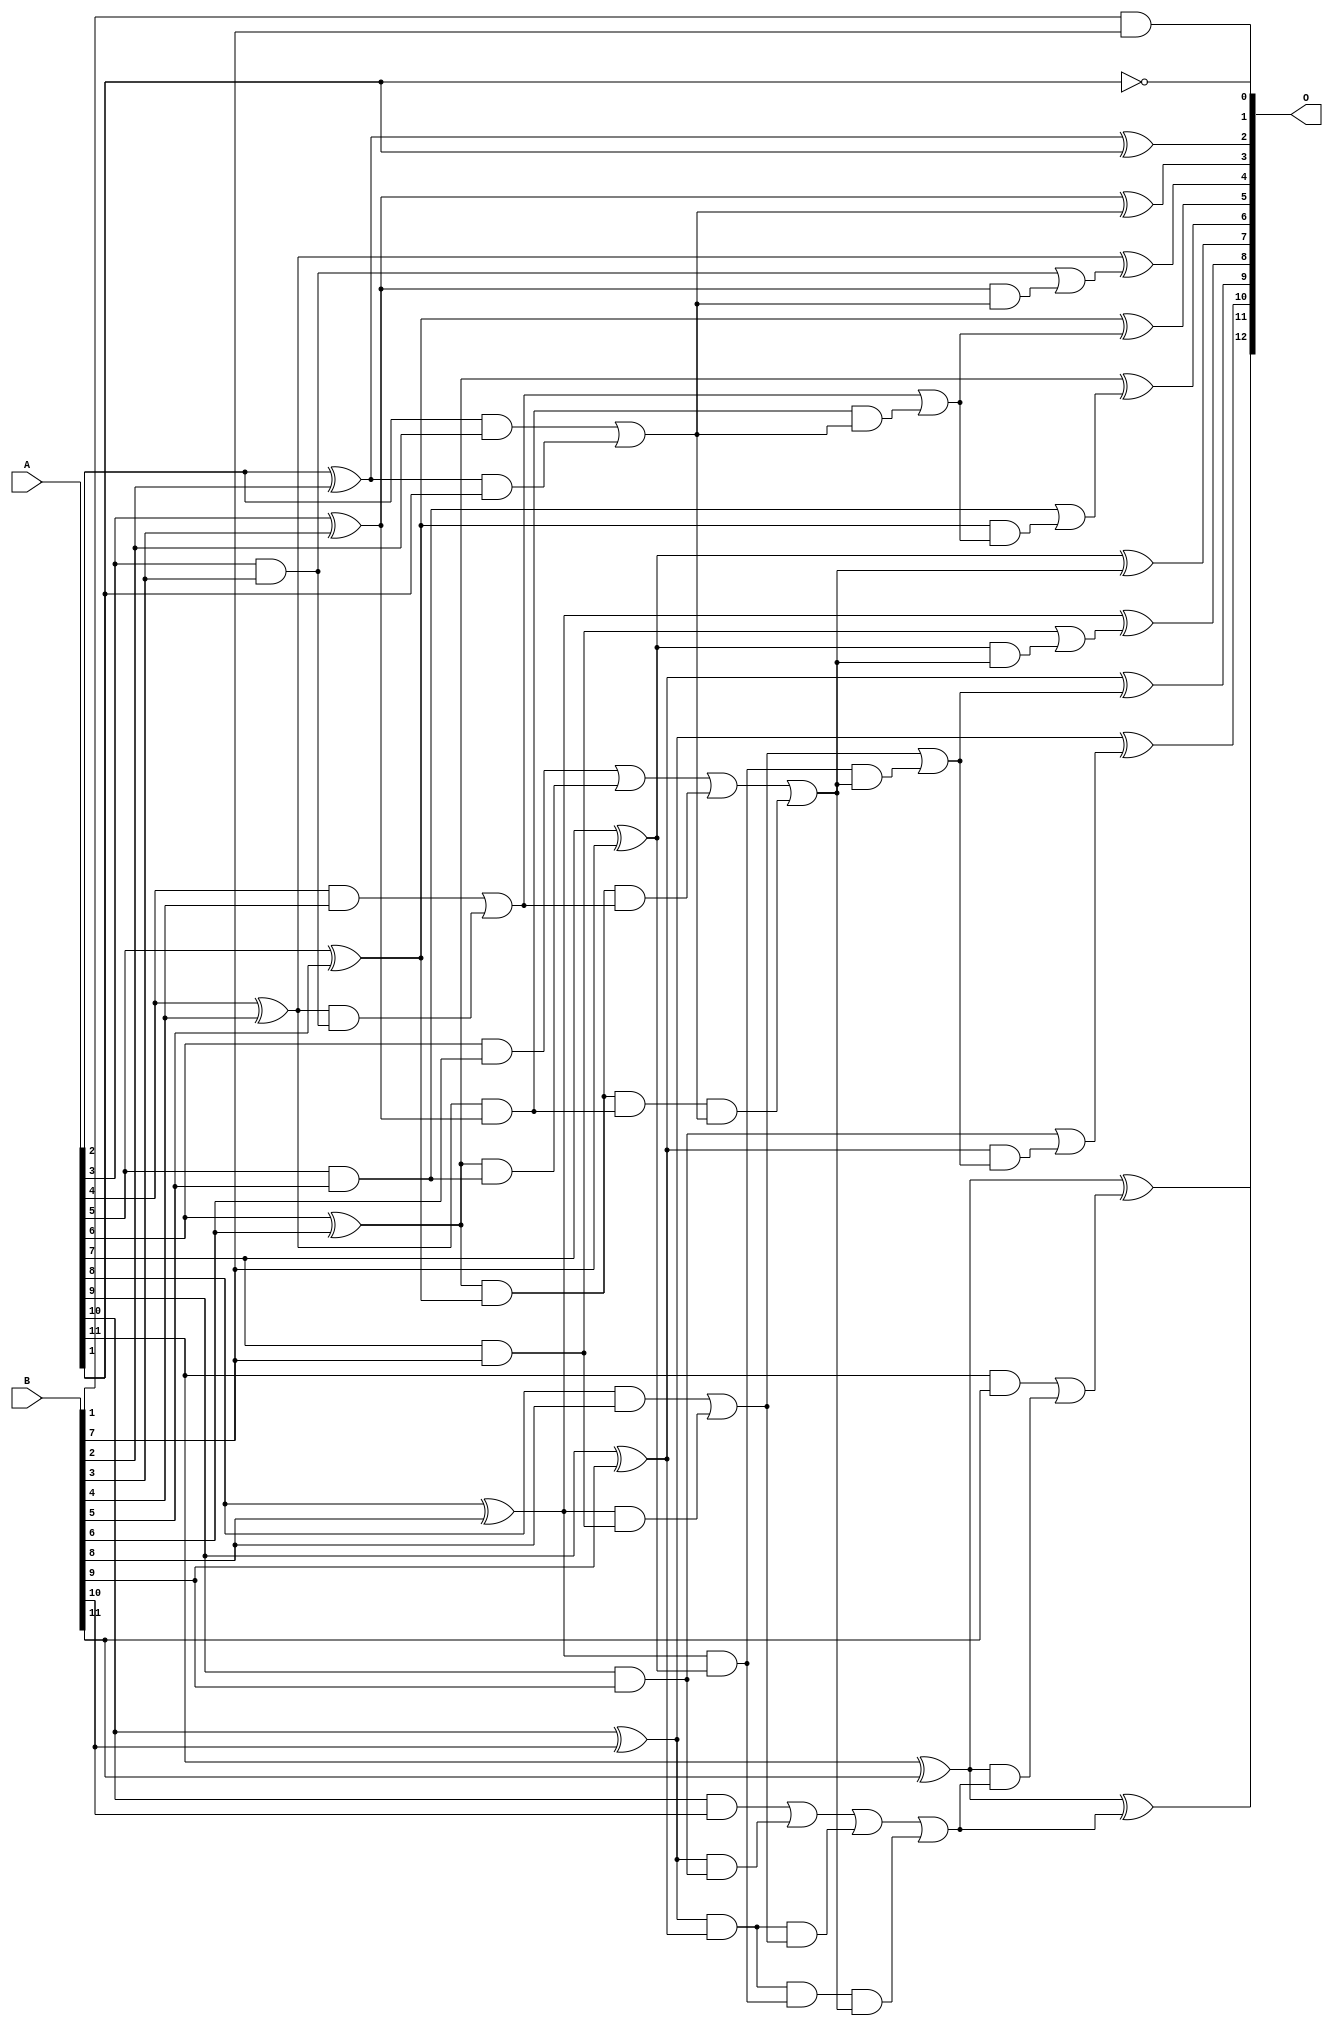
/***
* This code is a part of EvoApproxLib library (ehw.fit.vutbr.cz/approxlib) distributed under The MIT License.
* When used, please cite the following article(s): V. Mrazek, L. Sekanina, Z. Vasicek "Libraries of Approximate Circuits: Automated Design and Application in CNN Accelerators" IEEE Journal on Emerging and Selected Topics in Circuits and Systems, Vol 10, No 4, 2020 
* This file contains a circuit from a sub-set of pareto optimal circuits with respect to the pwr and mre parameters
***/
// MAE% = 0.022 %
// MAE = 0.9 
// WCE% = 0.049 %
// WCE = 2.0 
// WCRE% = 100.00 %
// EP% = 68.75 %
// MRE% = 0.33 %
// MSE = 1.2 
// PDK45_PWR = 0.047 mW
// PDK45_AREA = 97.1 um2
// PDK45_DELAY = 0.84 ns

module add12se_570 (
    A,
    B,
    O
);

input [11:0] A;
input [11:0] B;
output [12:0] O;

wire sig_25,sig_28,sig_29,sig_30,sig_31,sig_32,sig_33,sig_34,sig_35,sig_36,sig_37,sig_38,sig_39,sig_40,sig_41,sig_42,sig_43,sig_44,sig_45,sig_46;
wire sig_47,sig_48,sig_50,sig_52,sig_53,sig_54,sig_55,sig_56,sig_57,sig_58,sig_59,sig_60,sig_61,sig_62,sig_63,sig_65,sig_66,sig_67,sig_68,sig_69;
wire sig_70,sig_71,sig_72,sig_73,sig_74,sig_75,sig_76,sig_77,sig_78,sig_79,sig_82,sig_83,sig_84,sig_85,sig_86,sig_87,sig_88,sig_89,sig_90,sig_91;
wire sig_92,sig_93,sig_94,sig_95,sig_96,sig_97,sig_98,sig_99,sig_100,sig_101,sig_102,sig_103;

assign sig_25 = B[1] & B[7];
assign sig_28 = A[2] & B[2];
assign sig_29 = A[2] ^ B[2];
assign sig_30 = A[3] & B[3];
assign sig_31 = A[3] ^ B[3];
assign sig_32 = A[4] & B[4];
assign sig_33 = A[4] ^ B[4];
assign sig_34 = A[5] & B[5];
assign sig_35 = A[5] ^ B[5];
assign sig_36 = A[6] & B[6];
assign sig_37 = A[6] ^ B[6];
assign sig_38 = A[7] & B[7];
assign sig_39 = A[7] ^ B[7];
assign sig_40 = A[8] & B[8];
assign sig_41 = A[8] ^ B[8];
assign sig_42 = A[9] & B[9];
assign sig_43 = A[9] ^ B[9];
assign sig_44 = A[10] & B[10];
assign sig_45 = A[10] ^ B[10];
assign sig_46 = A[11] & B[11];
assign sig_47 = A[11] ^ B[11];
assign sig_48 = A[11] ^ B[11];
assign sig_50 = sig_29 & A[1];
assign sig_52 = sig_33 & sig_30;
assign sig_53 = sig_33 & sig_31;
assign sig_54 = sig_32 | sig_52;
assign sig_55 = sig_37 & sig_34;
assign sig_56 = sig_37 & sig_35;
assign sig_57 = sig_36 | sig_55;
assign sig_58 = sig_41 & sig_38;
assign sig_59 = sig_41 & sig_39;
assign sig_60 = sig_40 | sig_58;
assign sig_61 = sig_45 & sig_42;
assign sig_62 = sig_45 & sig_43;
assign sig_63 = sig_44 | sig_61;
assign sig_65 = sig_28 | sig_50;
assign sig_66 = sig_56 & sig_54;
assign sig_67 = sig_56 & sig_53;
assign sig_68 = sig_57 | sig_66;
assign sig_69 = sig_62 & sig_60;
assign sig_70 = sig_62 & sig_59;
assign sig_71 = sig_63 | sig_69;
assign sig_72 = sig_67 & sig_65;
assign sig_73 = sig_68 | sig_72;
assign sig_74 = sig_70 & sig_73;
assign sig_75 = sig_71 | sig_74;
assign sig_76 = sig_53 & sig_65;
assign sig_77 = sig_54 | sig_76;
assign sig_78 = sig_59 & sig_73;
assign sig_79 = sig_60 | sig_78;
assign sig_82 = sig_31 & sig_65;
assign sig_83 = sig_30 | sig_82;
assign sig_84 = sig_35 & sig_77;
assign sig_85 = sig_34 | sig_84;
assign sig_86 = sig_39 & sig_73;
assign sig_87 = sig_38 | sig_86;
assign sig_88 = sig_43 & sig_79;
assign sig_89 = sig_42 | sig_88;
assign sig_90 = sig_47 & sig_75;
assign sig_91 = sig_46 | sig_90;
assign sig_92 = ~A[1];
assign sig_93 = sig_29 ^ A[1];
assign sig_94 = sig_31 ^ sig_65;
assign sig_95 = sig_33 ^ sig_83;
assign sig_96 = sig_35 ^ sig_77;
assign sig_97 = sig_37 ^ sig_85;
assign sig_98 = sig_39 ^ sig_73;
assign sig_99 = sig_41 ^ sig_87;
assign sig_100 = sig_43 ^ sig_79;
assign sig_101 = sig_45 ^ sig_89;
assign sig_102 = sig_47 ^ sig_75;
assign sig_103 = sig_48 ^ sig_91;

assign O[12] = sig_103;
assign O[11] = sig_102;
assign O[10] = sig_101;
assign O[9] = sig_100;
assign O[8] = sig_99;
assign O[7] = sig_98;
assign O[6] = sig_97;
assign O[5] = sig_96;
assign O[4] = sig_95;
assign O[3] = sig_94;
assign O[2] = sig_93;
assign O[1] = sig_92;
assign O[0] = sig_25;

endmodule